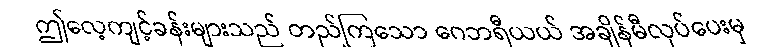
ဤလေ့ကျင့်ခန်းများသည် တည်ကြသော ဂေဘရီယယ် အချိန်မီလုပ်ပေးမှ